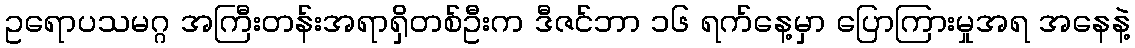
ဥရောပသမဂ္ဂ အကြီးတန်းအရာရှိတစ်ဦးက ဒီဇင်ဘာ ၁၆ ရက်နေ့မှာ ပြောကြားမှုအရ အနေနဲ့